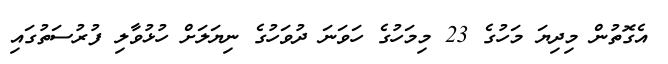
އެގޮތުން މިދިޔަ މަހުގެ 23 މިމަހުގެ ހަވަނަ ދުވަހުގެ ނިޔަލަށް ހުޅުވާލި ފުރުސަތުގައި